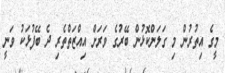
މީގެ އިތުރުން މި ގަލަންކޮޅުން ބޭރުގެ ވަރަށް އިއްޒަތްތެރި ދެ ބޭފުޅަކު ވަނީ